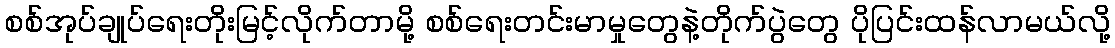
စစ်အုပ်ချုပ်ရေးတိုးမြင့်လိုက်တာမို့ စစ်ရေးတင်းမာမှုတွေနဲ့တိုက်ပွဲတွေ ပိုပြင်းထန်လာမယ်လို့